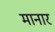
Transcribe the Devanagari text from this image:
मानार